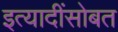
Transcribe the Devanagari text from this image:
इत्यादींसोबत